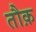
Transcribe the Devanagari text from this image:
तौक़